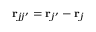
\mathbf { r } _ { j j ^ { \prime } } = \mathbf r _ { j ^ { \prime } } - \mathbf r _ { j }